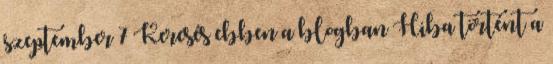
szeptember 7 Keresés ebben a blogban Hiba történt a